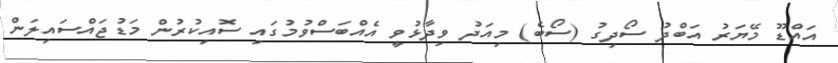
އައްޑޫ މޭޔަރު އަބްދު ސޯދިގު (ސޯބެ) މިއަދު ވިދާޅުވީ އެއްބަސްވުމުގައި ސޮއިކުރުން މަޑުޖައްސައިލަން